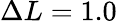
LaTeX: \Delta L=1.0